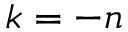
k = - n